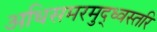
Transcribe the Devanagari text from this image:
अधिसमरमुद्ध्वस्तरि